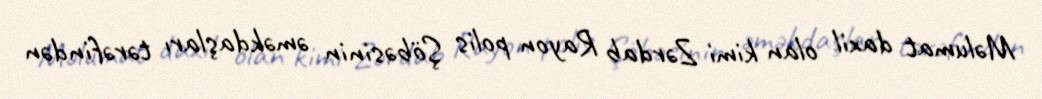
Məlumat daxil olan kimi Zərdab Rayon polis Şöbəsinin əməkdaşları tərəfindən